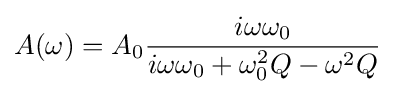
A(\omega )=A_{0}{\frac {i\omega \omega _{0}}{i\omega \omega _{0}+\omega _{0}^{2}Q-\omega ^{2}Q}}